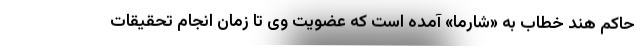
حاکم هند خطاب به «شارما» آمده است که عضویت وی تا زمان انجام تحقیقات